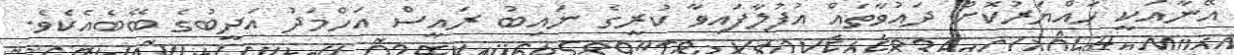
އޭނާއަކީ ހައްޔަރުކޮށް ދައުވާތައް އުފުލާފައިވާ ކުރީގެ ނައިބު ރައީސް އަހްމަދު އަދީބުގެ ބޭބެއެކެވެ.